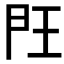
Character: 𰀤